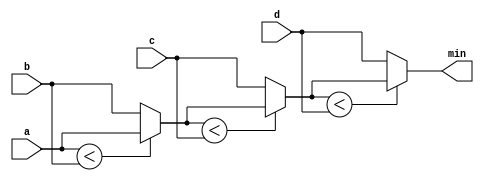
module top_module (
    input [7:0] a, b, c, d,
    output [7:0] min
);
  
    wire  [7:0] intermediate_result1;
    wire  [7:0] intermediate_result2;
    wire  [7:0] intermediate_result3;
    
    assign intermediate_result1 = a < b? a : b;
    assign intermediate_result2 = intermediate_result1 < c ?  intermediate_result1 : c ;
    assign intermediate_result3 = intermediate_result2 < d ? intermediate_result2 : d ;
    assign min = intermediate_result3;
 	//(condition ? if_true : if_false)
    
    

endmodule